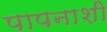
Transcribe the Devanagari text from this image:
पापनाशी